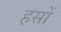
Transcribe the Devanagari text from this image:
हसों